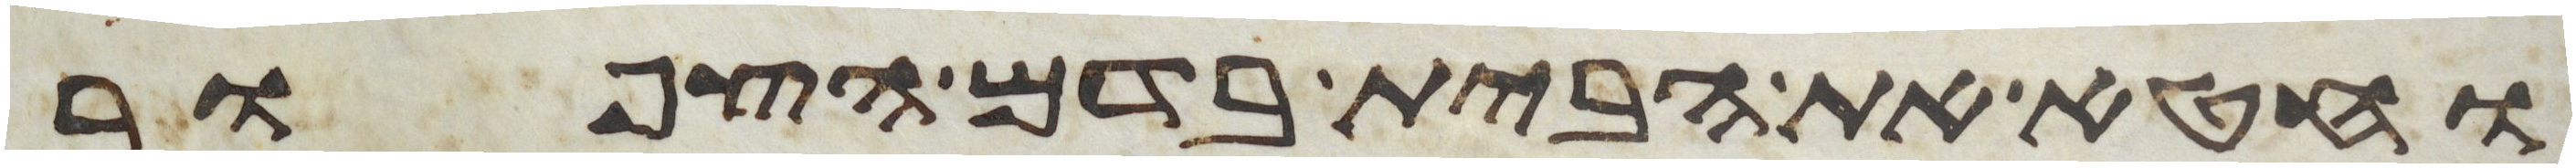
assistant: וחטא את הבית בדם הצפור